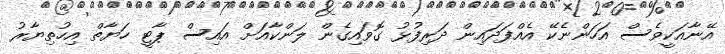
އޭނާއަކީވެސް އަހަންނެކޭ އެއްފަދައިން ދަރިފުޅު ގޮވައިގެން ލަންކާއަށް އައިސް ޕާޓީ ހަޔާތް އިހުތިޔާރު